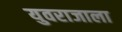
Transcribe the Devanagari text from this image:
युवराजाला